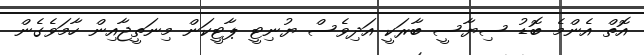
އޮތް އެންމެ ބޮޑު ސިޔާސީ ބާރަކީ އަދިވެސް ޔުނިޓީ ޕާޓީކަން މިނަތީޖާއިން ހާމަވެގެން